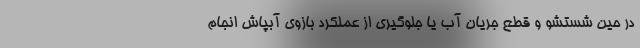
در حین شستشو و قطع جریان آب یا جلوگیری از عملکرد بازوی آبپاش انجام